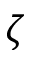
\zeta